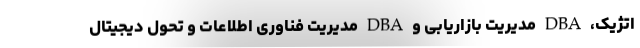
اتژیک، DBA مدیریت بازاریابی و DBA مدیریت فناوری اطلاعات و تحول دیجیتال